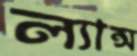
ল্যান্স